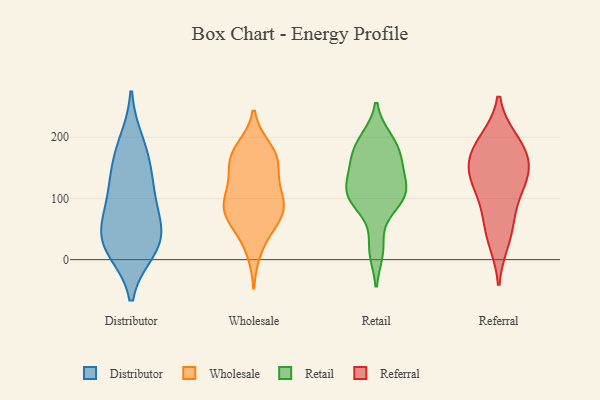
{"axis": {"x": "Inventory Turnover", "y": "Value"}, "legend": ["Distributor", "Referral", "Retail", "Wholesale"], "data": [{"x": "", "y": 25, "type": "Distributor"}, {"x": "", "y": 17, "type": "Distributor"}, {"x": "", "y": 29, "type": "Distributor"}, {"x": "", "y": 139, "type": "Distributor"}, {"x": "", "y": 101, "type": "Distributor"}, {"x": "", "y": 56, "type": "Distributor"}, {"x": "", "y": 38, "type": "Distributor"}, {"x": "", "y": 191, "type": "Distributor"}, {"x": "", "y": 164, "type": "Distributor"}, {"x": "", "y": 97, "type": "Distributor"}, {"x": "", "y": 76, "type": "Wholesale"}, {"x": "", "y": 51, "type": "Wholesale"}, {"x": "", "y": 14, "type": "Wholesale"}, {"x": "", "y": 120, "type": "Wholesale"}, {"x": "", "y": 167, "type": "Wholesale"}, {"x": "", "y": 64, "type": "Wholesale"}, {"x": "", "y": 176, "type": "Wholesale"}, {"x": "", "y": 68, "type": "Wholesale"}, {"x": "", "y": 182, "type": "Wholesale"}, {"x": "", "y": 97, "type": "Wholesale"}, {"x": "", "y": 145, "type": "Wholesale"}, {"x": "", "y": 94, "type": "Wholesale"}, {"x": "", "y": 169, "type": "Wholesale"}, {"x": "", "y": 150, "type": "Wholesale"}, {"x": "", "y": 87, "type": "Wholesale"}, {"x": "", "y": 100, "type": "Wholesale"}, {"x": "", "y": 197, "type": "Retail"}, {"x": "", "y": 160, "type": "Retail"}, {"x": "", "y": 189, "type": "Retail"}, {"x": "", "y": 197, "type": "Retail"}, {"x": "", "y": 105, "type": "Retail"}, {"x": "", "y": 18, "type": "Retail"}, {"x": "", "y": 141, "type": "Retail"}, {"x": "", "y": 174, "type": "Retail"}, {"x": "", "y": 102, "type": "Retail"}, {"x": "", "y": 150, "type": "Retail"}, {"x": "", "y": 101, "type": "Retail"}, {"x": "", "y": 129, "type": "Retail"}, {"x": "", "y": 169, "type": "Retail"}, {"x": "", "y": 112, "type": "Retail"}, {"x": "", "y": 15, "type": "Retail"}, {"x": "", "y": 86, "type": "Retail"}, {"x": "", "y": 103, "type": "Retail"}, {"x": "", "y": 108, "type": "Retail"}, {"x": "", "y": 89, "type": "Referral"}, {"x": "", "y": 187, "type": "Referral"}, {"x": "", "y": 136, "type": "Referral"}, {"x": "", "y": 154, "type": "Referral"}, {"x": "", "y": 193, "type": "Referral"}, {"x": "", "y": 128, "type": "Referral"}, {"x": "", "y": 32, "type": "Referral"}, {"x": "", "y": 177, "type": "Referral"}, {"x": "", "y": 137, "type": "Referral"}, {"x": "", "y": 55, "type": "Referral"}]}